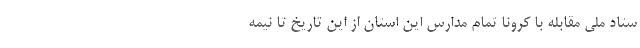
ستاد ملی مقابله با کرونا تمام مدارس این استان از این تاریخ تا نیمه